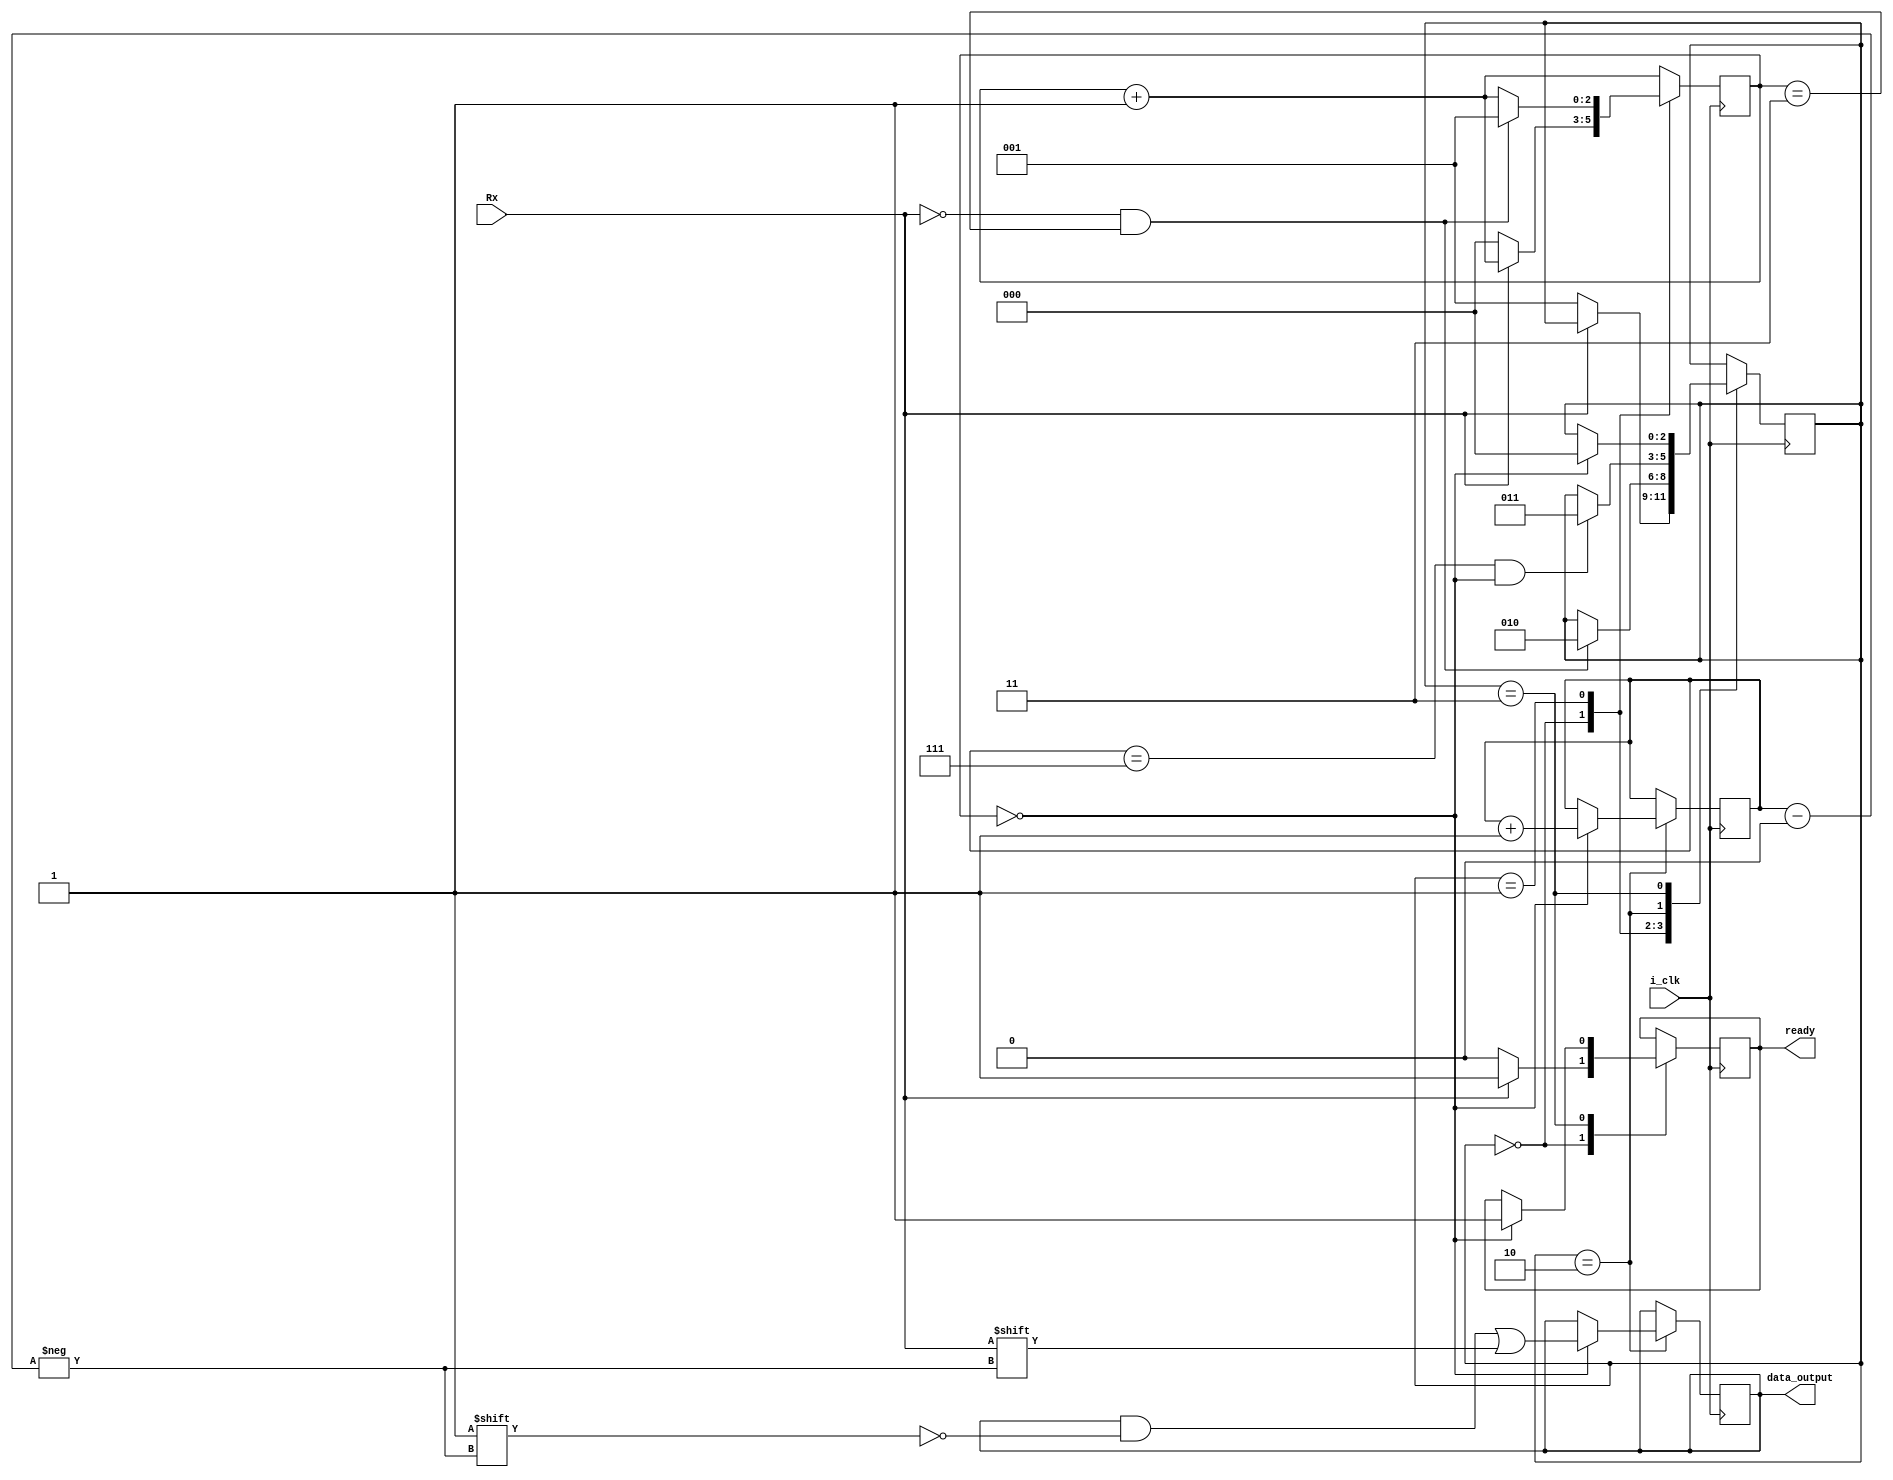
`timescale 1ns / 1ps

module RxUART(
	input i_clk,
	input Rx,
	output reg ready = 0,
	output reg [7:0] data_output
    );

	// i_clk should be OVER_SAMPELING times more than baudrate that
	// set in the params

	parameter DATA_BITS = 8;
	parameter S_IDLE = 2'b00;
	parameter S_START = 2'b01;
	parameter S_DATA = 2'b10;
	parameter S_STOP = 2'b11;

	reg [2:0] state = 0;
	reg [2:0] data_index = 0;
	reg [2:0] counter = 0;

	always @(posedge i_clk) begin
		counter <= counter + 1;
		case(state)
			S_IDLE: begin
				ready <= 1;
				if(~Rx) begin
					state <= S_START;
					counter <= 0;
					ready <=0;
				end
			end

			S_START: begin
				if(~Rx && counter==3) begin
					state <= S_DATA;
					counter <= 1;
				end
			end

			S_DATA: begin
				if(data_index == 7 && counter==0) begin
					state <= S_STOP;
				end
				if(counter == 0) begin
					data_output[data_index] <= Rx;
					data_index <= data_index + 1;
				end
			end

			S_STOP: begin
				if(counter == 0) begin
					ready <= 1;
					state <= S_IDLE;
				end
			end

		endcase
	end
	
endmodule